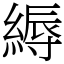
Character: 縟